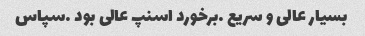
بسیار عالی و سریع …برخورد اسنپ عالی بود …سپاس